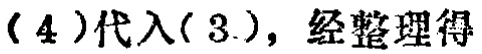
\((4)\)代入\((3)\)，经整理得